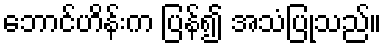
ဘောင်ဟိန်းက ပြန်၍ အသံပြုသည်။